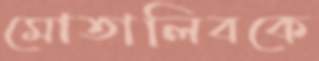
মোতালিবকে